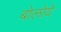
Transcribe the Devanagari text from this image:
बोलोये